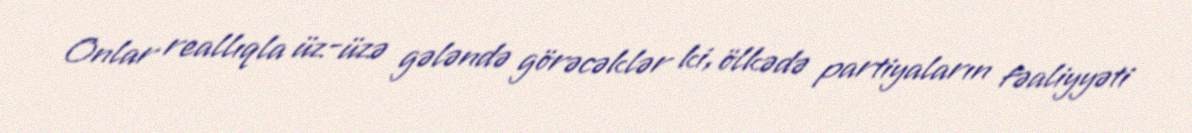
Onlar reallıqla üz-üzə gələndə görəcəklər ki, ölkədə partiyaların fəaliyyəti